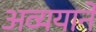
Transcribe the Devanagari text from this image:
अव्ययाने